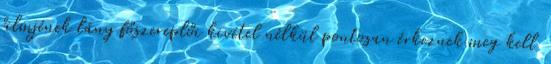
filmjének lány főszereplői kivétel nélkül pontosan érkeznek meg kell